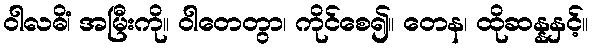
ဝါလဓိံ၊ အမြီးကို။ ဝါတေတွာ၊ ကိုင်စေ၍။ တေန၊ ထိုဆန္နနှင့်။